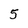
Character: 5